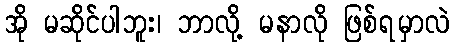
အို မဆိုင်ပါဘူး၊ ဘာလို့ မနာလို ဖြစ်ရမှာလဲ